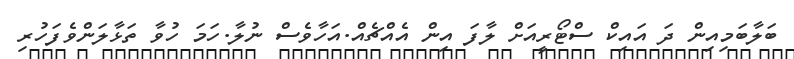
ބަލާބަމިއިން ދަ އައިކް ސްޓޯރީއަށް ލާފަ އިން އެއްޗެއް.އަހާވެސް ނުލާ.ހަމަ ހުވާ ތަޅާލަންވެފަހުރި